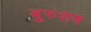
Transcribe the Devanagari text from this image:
बुरुशष